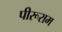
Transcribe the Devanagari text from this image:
पीरूराम